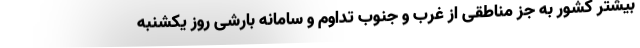
بیشتر کشور به جز مناطقی از غرب و جنوب تداوم و سامانه بارشی روز یکشنبه